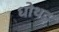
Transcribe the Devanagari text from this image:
धोथड़